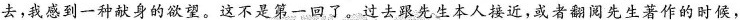
去，我感到一种献身的欲望。这不是第一回了。过去跟先生本人接近，或者翻阅先生著作的时候，